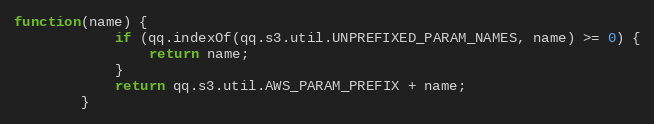
Language: JavaScript
function(name) {
            if (qq.indexOf(qq.s3.util.UNPREFIXED_PARAM_NAMES, name) >= 0) {
                return name;
            }
            return qq.s3.util.AWS_PARAM_PREFIX + name;
        }